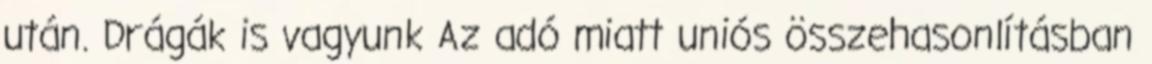
után. Drágák is vagyunk Az adó miatt uniós összehasonlításban